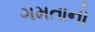
ગમતાનો